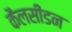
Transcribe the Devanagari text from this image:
कैलसीडन